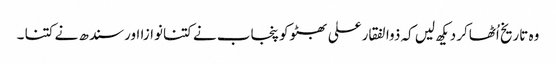
وہ تاریخ اُٹھاکر دیکھ لیں کہ ذوالفقارعلی بھٹوکو پنجاب نے کتنانوازا اورسندھ نے کتنا ۔